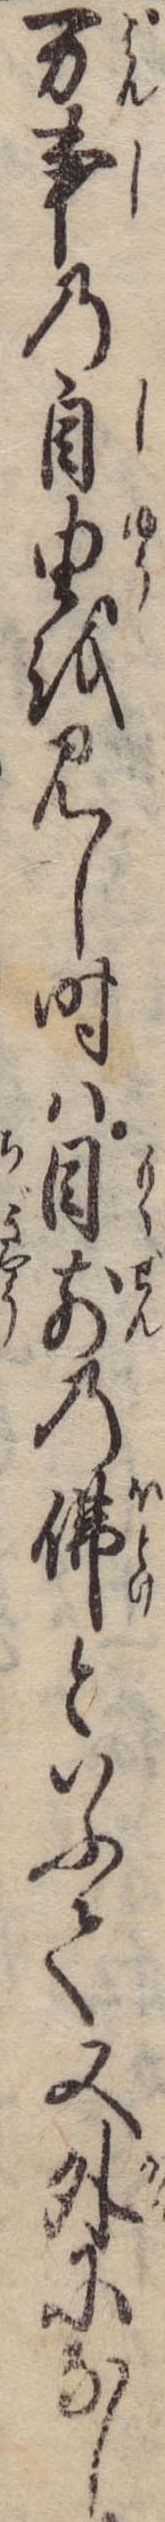
万事の自由を見し時は目前の仏といふて又外になし